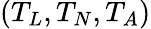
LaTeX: (T_{L},T_{N},T_{A})